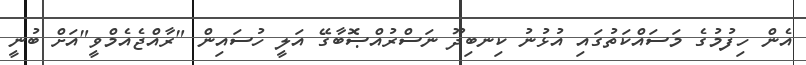
އެން ހިފުމުގެ މަސައްކަތުގައި އުޅުނު ކިނބިދޫ ނަސްރުއްޞޮބާގޭ އަލީ ހުސައިން "ރާއްޖެއެމްވީ"އަށް ބުނީ